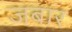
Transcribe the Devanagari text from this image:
जबार